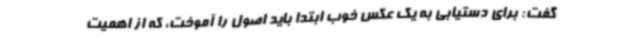
گفت: برای دستیابی به یک عکس خوب ابتدا باید اصول را آموخت، که از اهمیت